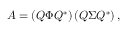
A = \left( Q \Phi Q ^ { * } \right) \left( Q \Sigma Q ^ { * } \right) ,